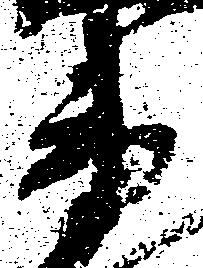
衛